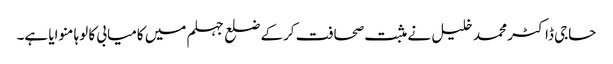
حاجی ڈاکٹر محمد خلیل نے مثبت صحافت کرکے ضلع جہلم میں کامیابی کا لوہا منوایا ہے۔